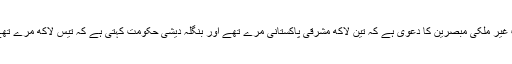
اب غیر ملکی مبصرین کا دعوی ہے کہ تین لاکھ مشرقی پاکستانی مرے تھے اور بنگلہ دیشی حکومت کہتی ہے کہ تیس لاکھ مرے تھے۔